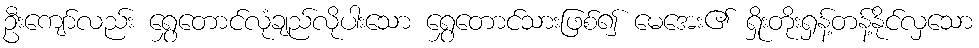
ဦးကျော်လည်း ရွှေတောင်လုံချည်လိုပါးသော ရွှေတောင်သားဖြစ်၍ မေအေး၏ ရှိုးတိုးရှန့်တန့်နိုင်လှသော